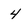
Character: 4